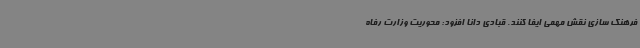
فرهنگ سازی نقش مهمی ایفا کنند. قبادی دانا افزود: محوریت وزارت رفاه